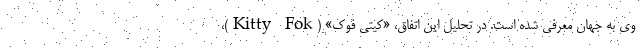
وی به جهان معرفی شده است. در تحلیل این اتفاق، «کیتی فوک» (Kitty Fok)،